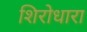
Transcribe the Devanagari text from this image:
शिरोधारा